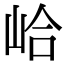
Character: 峆